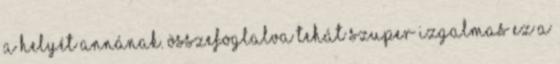
a helyét Annának. Összefoglalva tehát szuper izgalmas ez a